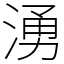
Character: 湧